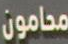
محامون